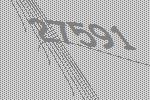
27591